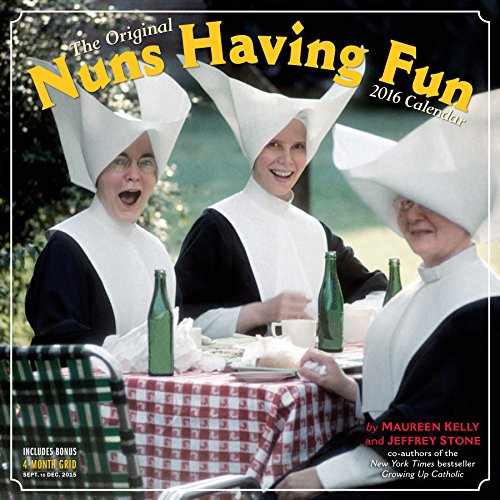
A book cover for Nuns Having Fun Wall Calendar 2016; Maureen Kelly; Calendars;